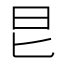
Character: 㫐